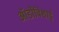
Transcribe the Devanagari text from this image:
ऑर्डोविशाई